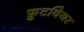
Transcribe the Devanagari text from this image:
फ़ुटवियर